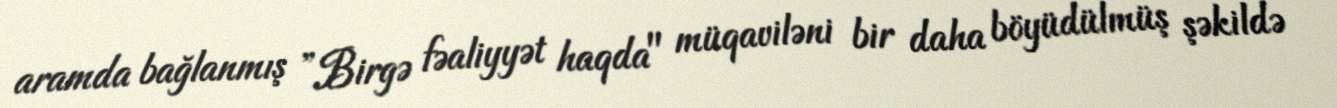
aramda bağlanmış ”Birgə fəaliyyət haqda" müqaviləni bir daha böyüdülmüş şəkildə